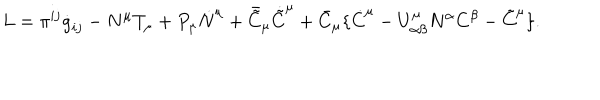
LaTeX: L = \pi ^ { i j } \dot { g } _ { i j } - N ^ { \mu } T _ { \mu } + P _ { \mu } \dot { N } ^ { \mu } + \bar { \tilde { C } } _ { \mu } \dot { \tilde { C } } ^ { \mu } + \bar { C } _ { \mu } \{ \dot { C } ^ { \mu } - U _ { \alpha \beta } ^ { \mu } N ^ { \alpha } C ^ { \beta } - \tilde { C } ^ { \mu } \} .